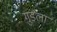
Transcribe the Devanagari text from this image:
गुडला